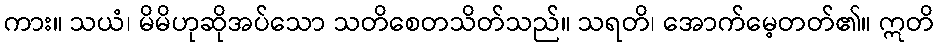
ကား။ သယံ၊ မိမိဟုဆိုအပ်သော သတိစေတသိတ်သည်။ သရတိ၊ အောက်မေ့တတ်၏။ ဣတိ